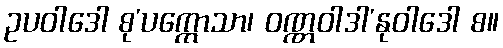
ဥပဝါဒေါ စု’ပက္ကောသာ၊ ဝဏ္ဏဝါဒါ’နုဝါဒေါ စ။